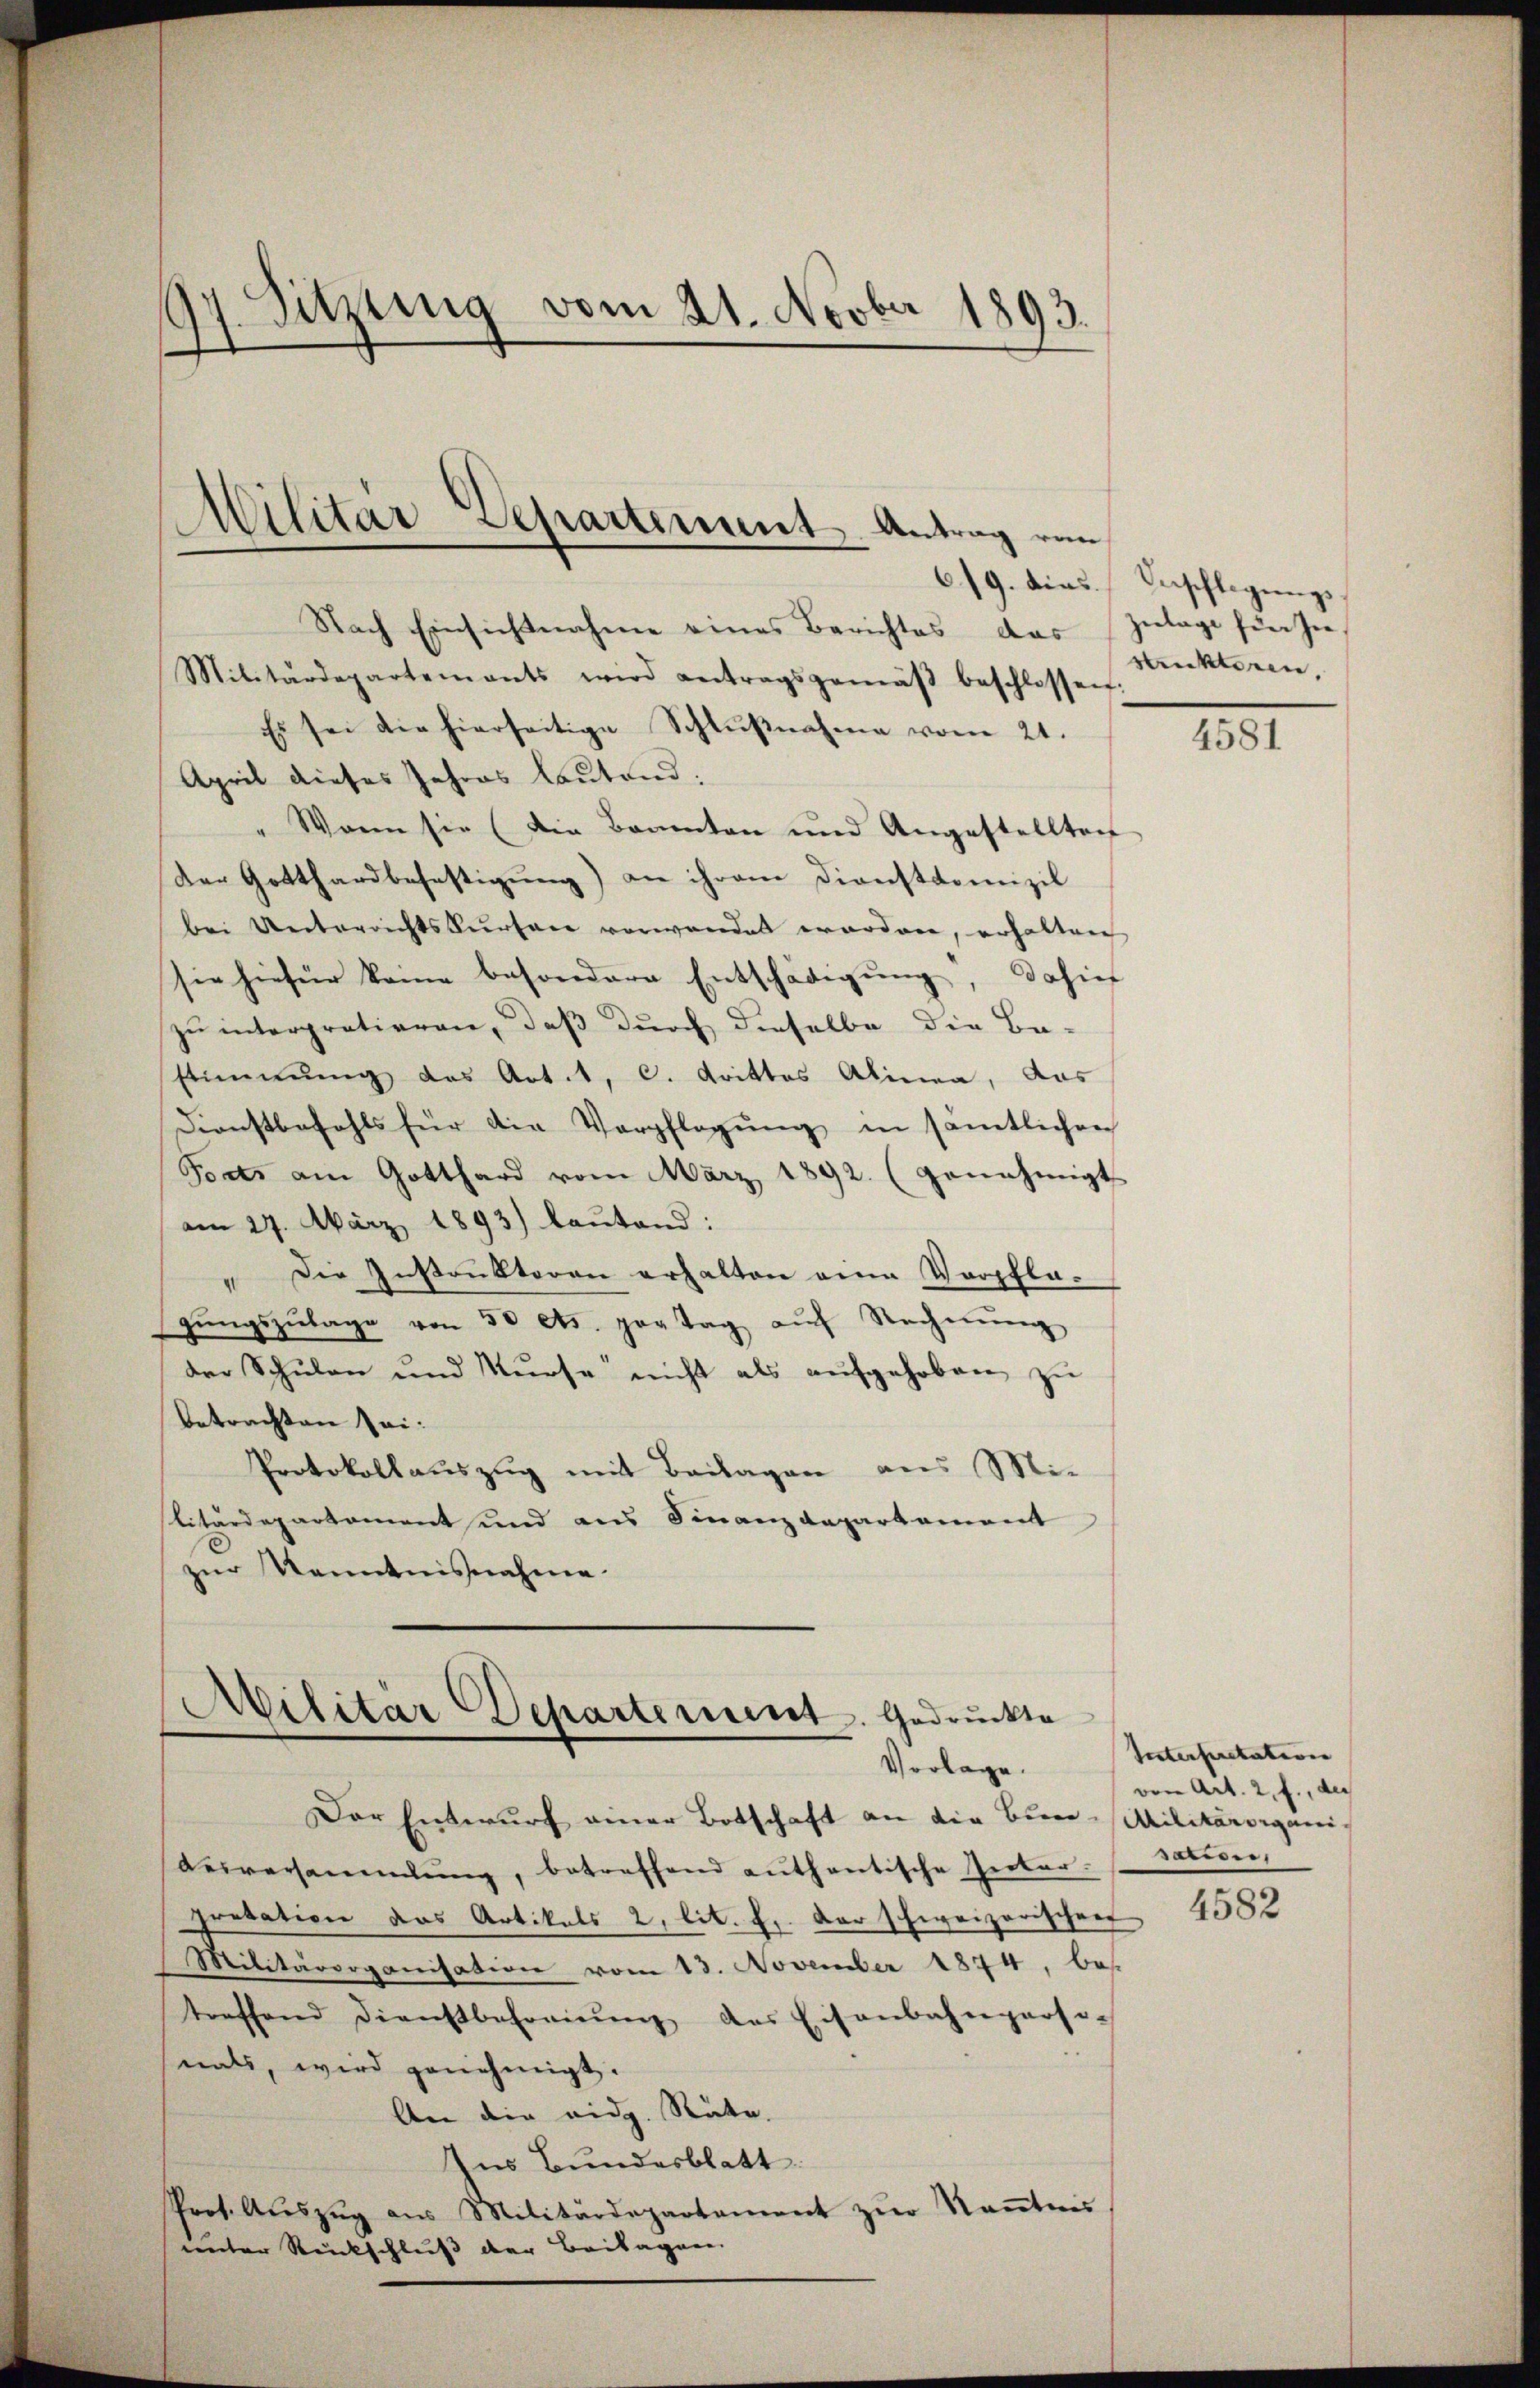
Nach Einsichtnahme eines Berichtes das Zulage für hie
Militärdepartements wird antragsgemäβ beschlossen.
Es sei die hierseitige Schlŭβnahme vom 21.
April dieses Jahres lautend:
" Wann sie (die Beamten und Angestellten
Der Gotthardbefestigung) an ihrem Dienstdomizil
bei Unterrichtskursten verwandet worden, erhalten
sie hiefür keine besondere Entschädigŭng, dahin
zu interpratieren, daß durch dieselbe die Be-
stimmung des Art. 1, C. drittes Alinea, das
Dienstbefehls für die Verpflegung in sämtlichen
Ports am Gotthard vom März 1892. (genehmigt
am 27. März 1893) lautand:
" Die Instankteren erhalten eine Verpflegŭngszŭlage von 50 cts. pag Tag aŭf Rechnŭng
der Schulen und Kurse nicht als aufgehoben zu
betrachten sei.
Protokollauszug mit Beilagen aus Mi-
litärdepartement und aus Finanzdepartement
zŭr Kenntnisnahme.

17. Sitzung vom 21. Novber 1893.
Militar Departement Antrag von

Militär-Departement. Gedruckte
Vorlage.

Der Entwurf einer Botschaft an die Bur-Militärorgani-
Beiversammlung, betreffend authentische Inter-
pretation das Artikels 2, lit. f. der schweizerischen 4582
Militärorganisation vom 13. November 1874, bes
treffend dienstbefreiung des Eisenbahnparse-
nals, wird genehmigt.
An die eidg. Räte.
Ins Bundesblatt
Prot. Aŭszŭg ans Militärdepartement zŭr Keṅtnis
unter Rückschluss der Beilagen.

619. dies Anschlagungssenkten,

4581

Interpretation
von Art. 2, f., des
serin,